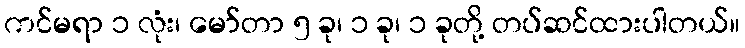
ကင်မရာ ၁ လုံး၊ မော်တာ ၅ ခု၊ ၁ ခု၊ ၁ ခုတို့ တပ်ဆင်ထားပါတယ်။